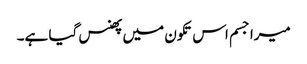
میرا جسم اس تکون میں پھنس گیا ہے۔